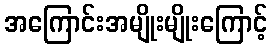
အကြောင်းအမျိုးမျိုးကြောင့်